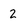
Character: 2